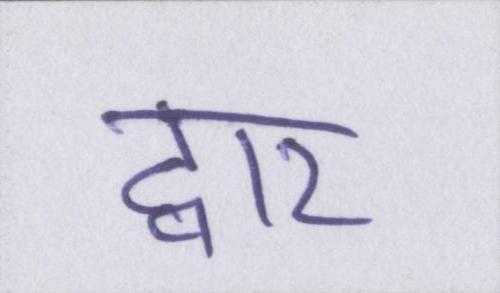
द्वार